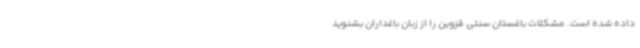
داده شده است. مشکلات باغستان سنتی قزوین را از زبان باغداران بشنوید